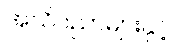
အသိပညာများနှင့်